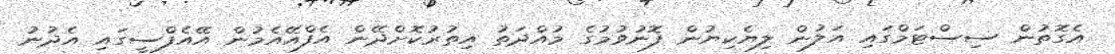
އެގޮތުން ސިސްޓަމްގައި އަލުން ލިޔެކިޔުން ފޮނުވުމުގެ މުއްދަތު އިތުރުކޮށްދޭން އެފްއޭއެމުން އޭއެފްސީގައި އެދުނު